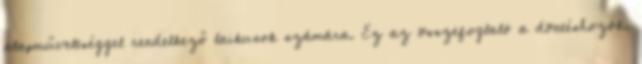
alapműveltséggel rendelkező laikusok számára. Ez az összefoglaló a döntéshozók,